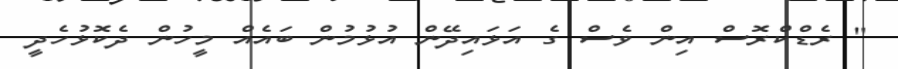
" ރެޑްކްރޮސް އިން ވެސް ގެ އަޅައިދޭން އުޅުމުން ބައެއް މީހުން ދެކޮޅުހެދީ